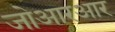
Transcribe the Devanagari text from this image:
जोआरआर